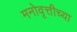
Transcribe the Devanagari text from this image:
मनोवृत्तीच्या